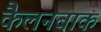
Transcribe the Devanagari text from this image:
कैलनबाक